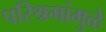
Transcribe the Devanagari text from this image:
परिश्रमांमुळे